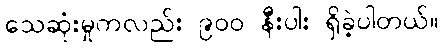
သေဆုံးမှုကလည်း ၉၀၀ နီးပါး ရှိခဲ့ပါတယ်။